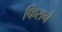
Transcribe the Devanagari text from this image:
फिराने